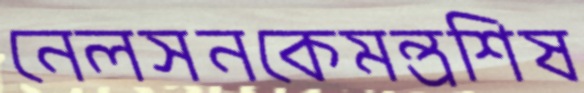
নেলসনকেমন্ত্রশিষ